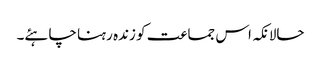
حالانکہ اس جماعت کو زندہ رہنا چاہئے۔